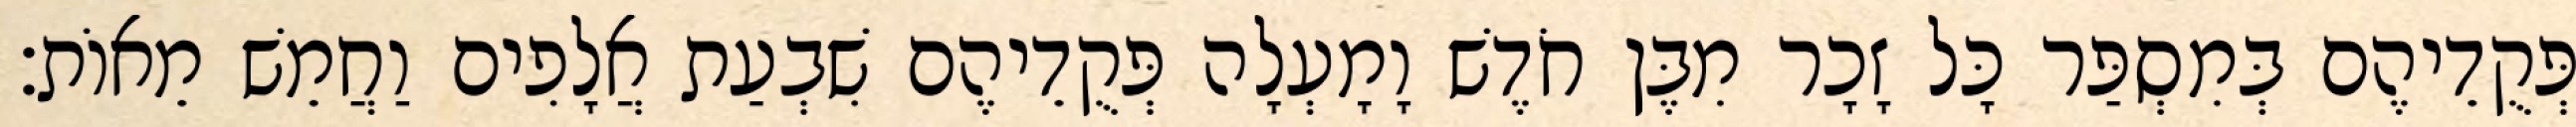
פְּקֻדֵיהֶם בְּמִסְפַּר כָּל זָכָר מִבֶּן חֹדֶשׁ וָמָעְלָה פְּקֻדֵיהֶם שִׁבְעַת אֲלָפִים וַחֲמֵשׁ מֵאוֹת׃